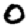
Digit: 0